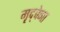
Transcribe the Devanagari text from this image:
मृद्‌वेणा